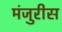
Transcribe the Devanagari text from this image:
मंजुरीस